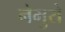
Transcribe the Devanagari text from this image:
नेमुरो